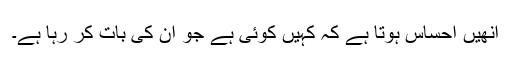
انھیں احساس ہوتا ہے کہ کہیں کوئی ہے جو ان کی بات کر رہا ہے۔